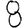
Digit: 8